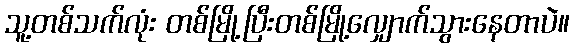
သူ့တစ်သက်လုံး တစ်မြို့ပြီးတစ်မြို့လျှောက်သွားနေတာပဲ။